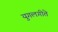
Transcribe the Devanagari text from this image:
युगलगीते